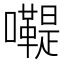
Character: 𡄷